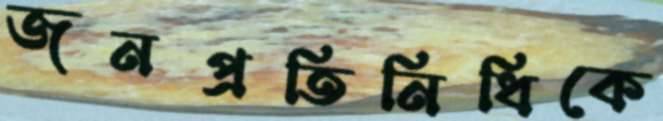
জনপ্রতিনিধিকে